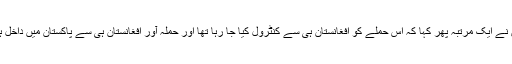
اُنھوں نے ایک مرتبہ پھر کہا کہ اس حملے کو افغانستان ہی سے کنٹرول کیا جا رہا تھا اور حملہ آور افغانستان ہی سے پاکستان میں داخل ہوئے۔